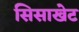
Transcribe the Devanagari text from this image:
सिसाखेट